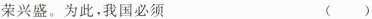
荣兴盛。为此，我国必须 ()